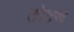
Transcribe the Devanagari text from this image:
तोडरू